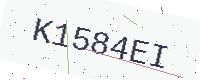
Text: K1584EI